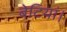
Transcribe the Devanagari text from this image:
बेटियां।